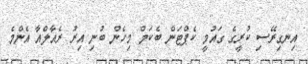
އިނގިރޭސި ކުރީގެ ގައުމީ ކެޕްޓަން ބެކަމް މިހެން ބުނި އިރު ރެއާލްއާ އެންމެ